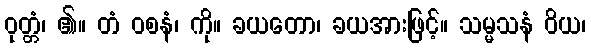
ဝုတ္တံ၊ ၏။ တံ ဝစနံ၊ ကို။ ခယတော၊ ခယအားဖြင့်။ သမ္မသနံ ဝိယ၊